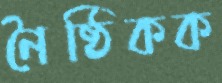
নৈষ্ঠিকক